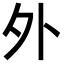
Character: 外